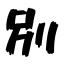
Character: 別